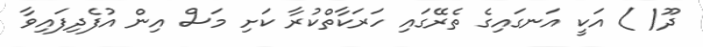
ދޫ( ) އަކީ އަނގައިގެ ތެރޭގައި ހަރަކާތްކުރާ ކަށި މަސް އިން އުފެދިފައިވާ